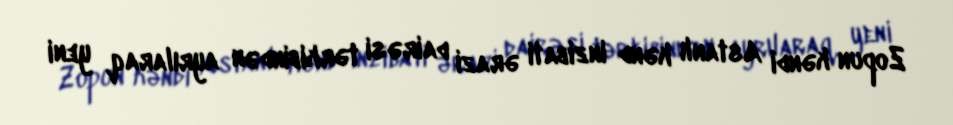
Zopun kəndi Astanlı kənd inzibati ərazi dairəsi tərkibindən ayrılaraq, yeni